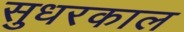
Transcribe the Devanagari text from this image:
सुधरकाल